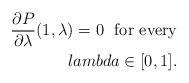
LaTeX: \begin{align*}\frac{\partial P}{\partial \lambda}(1,\lambda)=0\ \ {\rm for\ every}\\lambda\in [0,1]. \end{align*}